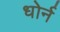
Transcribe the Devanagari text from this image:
धोर्न